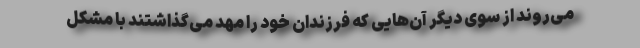
می‌روند از سوی دیگر آن‌هایی که فرزندان خود را مهد می‌گذاشتند با مشکل